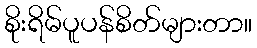
စိုးရိမ်ပူပန်စိတ်များတာ။